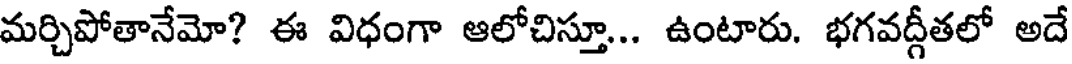
మర్చిపోతానేమో? ఈ విధంగా ఆలోచిస్తూ... ఉంటారు. భగవద్గీతలో అదే